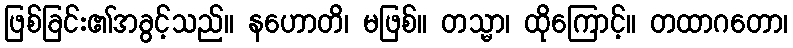
ဖြစ်ခြင်း၏အခွင့်သည်။ နဟောတိ၊ မဖြစ်။ တသ္မာ၊ ထိုကြောင့်။ တထာဂတော၊